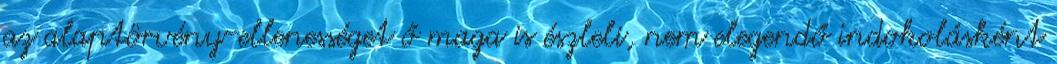
az alaptörvény-ellenességet ő maga is észleli, nem elegendő indokolásként